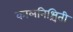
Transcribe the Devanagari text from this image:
कालनिश्चिती